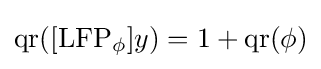
\operatorname {qr} ([\operatorname {LFP} _{\phi }]y)=1+\operatorname {qr} (\phi )